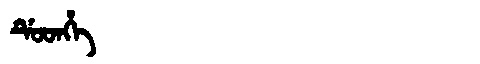
Manchu: ᡩᡠᡨᡥᡝ
Romanization: DUTHE